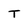
Character: T